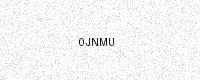
Text: 0JNMU